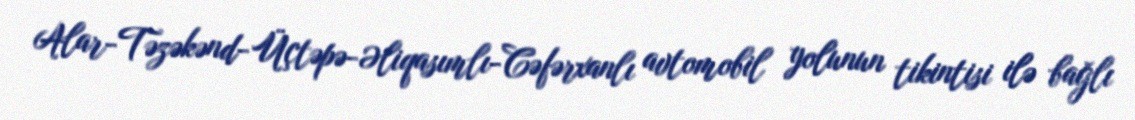
Alar-Təzəkənd-Üçtəpə-Əliqasımlı-Cəfərxanlı avtomobil yolunun tikintisi ilə bağlı